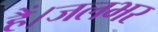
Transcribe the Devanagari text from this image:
हैं।जलभर